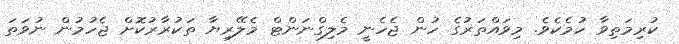
ކުރިމަތިވާ ހުމެކެވެ. މިވައްތަރުގެ ހުން ޖެހެނީ މެލިގްނަންޓް މެލޭރިޔާ ތަކުރާރުކޮށް ޖެހުމުން ނުވަތަ